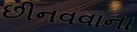
છીનવવાના